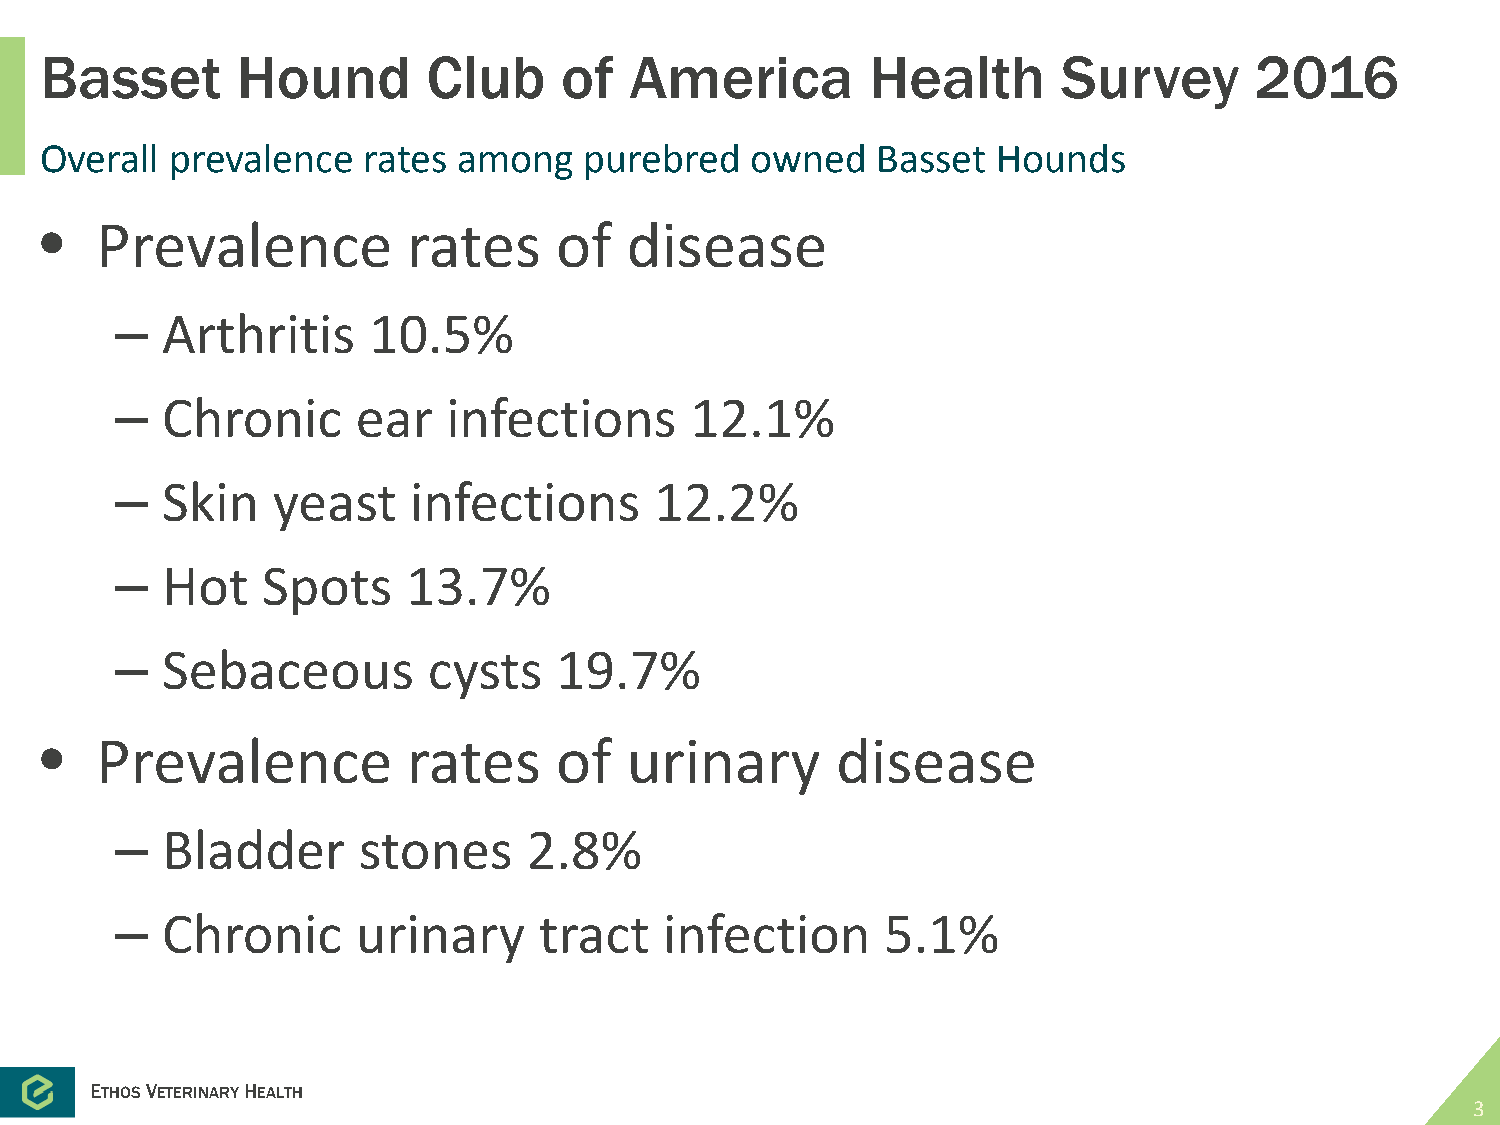
Basset       Hound       Club     of   America         Health      Survey       2016
 Overall prevalence   rates among    purebred   owned   Basset  Hounds
 •  Prevalence           rates     of  disease
 –  Arthritis    10.5%
 –  Chronic      ear   infections      12.1%
 –  Skin   yeast    infections      12.2%
 –  Hot   Spots     13.7%
 –  Sebaceous        cysts    19.7%
 •  Prevalence           rates     of  urinary       disease
 –  Bladder      stones     2.8%
 –  Chronic      urinary     tract   infection      5.1%
 ETHOSVETERINARYHEALTH
 3